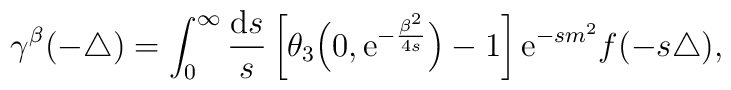
\gamma^{\beta}({-\triangle}) =    \int_0^\infty {{\mathrm{d} } s \over s}    \left[\theta_3  \Big( 0,  {\mathrm{e}  }^{-\frac{\beta^2}{4 s}}\Big) - 1 \right]     {\mathrm e}^{-s m^2} f  (  - s  \triangle  ),